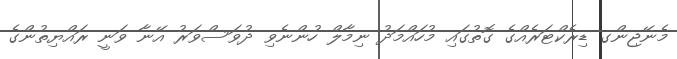
މެނޭޖިންގ ޑިރެކްޓަރެއްގެ ގޮތުގައި މުހައްމަދު ނިމާލް ހުންނެވި ދުވަސްވަރު އޭނާ ވަނީ ރައްޔިތުންގެ